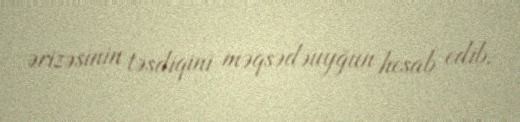
ərizəsinin təsdiqini məqsədəuyğun hesab edib.